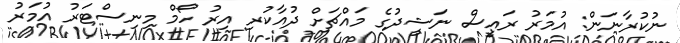
ނުކުރާނަން: އުމަރު ރައީސް ނަޝީދުގެ މައްޗަށް ދުއާކުރި އިރު ހޯމް މިނިސްޓަރު އުމަރު